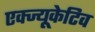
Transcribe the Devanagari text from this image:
एक्ज्यूकेटिव